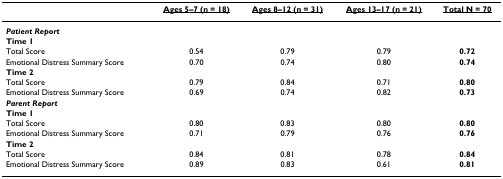
|  | <underline>Ages 5–7 (n = 18)</underline> | <underline>Ages 8–12 (n = 31)</underline> | <underline>Ages 13–17 (n = 21)</underline> | <underline>Total N = 70</underline> |
 | --- | --- | --- | --- | --- |
 | Patient Report |  |  |  |  |
 | Time 1 |  |  |  |  |
 | Total Score | 0.54 | 0.79 | 0.79 | 0.72 |
 | Emotional Distress Summary Score | 0.70 | 0.74 | 0.80 | 0.74 |
 | Time 2 |  |  |  |  |
 | Total Score | 0.79 | 0.84 | 0.71 | 0.80 |
 | Emotional Distress Summary Score | 0.69 | 0.74 | 0.82 | 0.73 |
 | Parent Report |  |  |  |  |
 | Time 1 |  |  |  |  |
 | Total Score | 0.80 | 0.83 | 0.80 | 0.80 |
 | Emotional Distress Summary Score | 0.71 | 0.79 | 0.76 | 0.76 |
 | Time 2 |  |  |  |  |
 | Total Score | 0.84 | 0.81 | 0.78 | 0.84 |
 | Emotional Distress Summary Score | 0.89 | 0.83 | 0.61 | 0.81 |